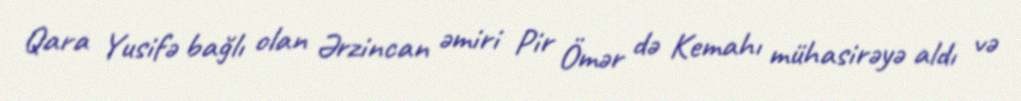
Qara Yusifə bağlı olan Ərzincan əmiri Pir Ömər də Kemahı mühasirəyə aldı və